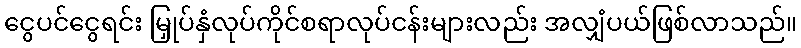
ငွေပင်ငွေရင်း မြှုပ်နှံလုပ်ကိုင်စရာလုပ်ငန်းများလည်း အလျှံပယ်ဖြစ်လာသည်။